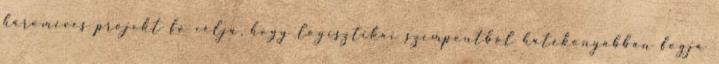
hároméves projekt fő célja, hogy logisztikai szempontból hatékonyabban fogja